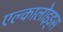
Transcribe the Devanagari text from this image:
एल्कालोइड्स